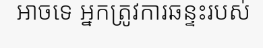
អាចទេ អ្នកត្រូវការឆន្ទះរបស់